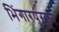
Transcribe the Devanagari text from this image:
भिंगारपुरहून